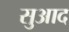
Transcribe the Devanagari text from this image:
सुआद